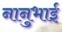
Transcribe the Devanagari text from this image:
नानुभाई